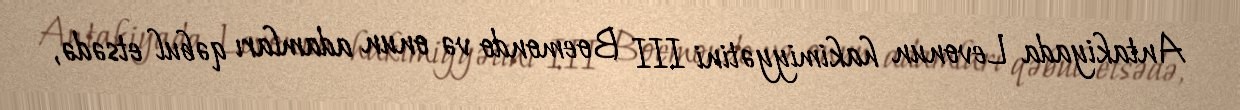
Antakiyada Levonun hakimiyyətini III Boemondo və onun adamları qəbul etsədə,